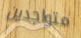
متواجدين